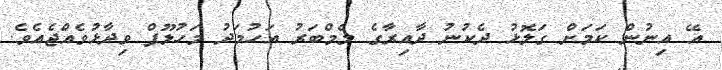
އޭ އިނުން ކަމަށް ގަލޮޅު ދެކުނު ދާއިރާގެ މެމްބަރު އަހުމަދު މަހުލޫފް ވިދާޅުވެއްޖެއެވެ.